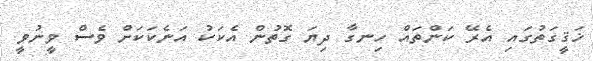
ޚަޤީގަތުގައި އެރޭ ކަންތައް ހިނގާ ދިޔަ ގޮތުން އެކަކު އަނެކަކަށް ވެސް ވީނުވީ